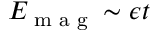
E _ { \textrm { m a g } } \sim \epsilon t